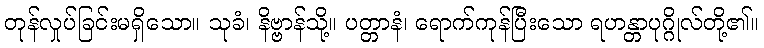
တုန်လှုပ်ခြင်းမရှိသော။ သုခံ၊ နိဗ္ဗာန်သို့။ ပတ္တာနံ၊ ရောက်ကုန်ပြီးသော ရဟန္တာပုဂ္ဂိုလ်တို့၏။